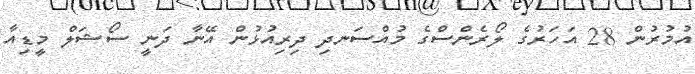
އުމުރުން 28 އަހަރުގެ ލޯރެންސްގެ މުއްސަނދި ދިރިއުޅުން އޭނާ ދަނީ ސޯޝަލް މީޑިއާ